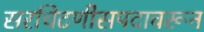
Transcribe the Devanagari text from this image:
सरचिटणीसपदावरून